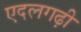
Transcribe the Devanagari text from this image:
एदलगढ़ी